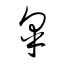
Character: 皋